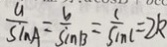
\frac { a } { \sin A } = \frac { b } { \sin B } = \frac { c } { \sin C } = 2 k